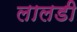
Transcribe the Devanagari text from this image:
लालडी